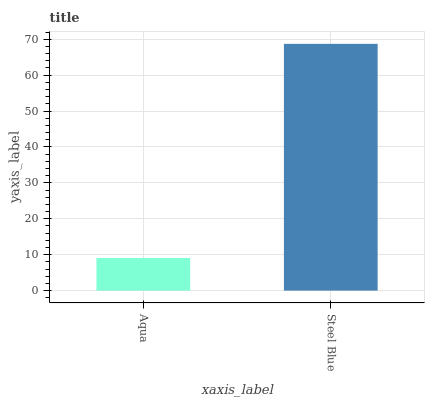
| xaxis_label | bars |
 | --- | --- |
 | Aqua | 9.09 |
 | Steel Blue | 68.7 |